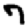
Digit: 7